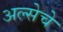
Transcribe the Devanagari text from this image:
अल्सेचे